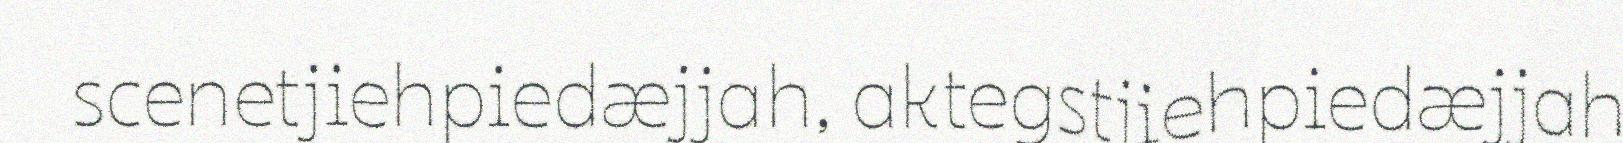
scenetjiehpiedæjjah, aktegstjiehpiedæjjah